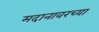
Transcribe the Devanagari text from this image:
मदानावरच्या